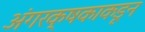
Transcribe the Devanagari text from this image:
अंगरक्षकाकडून